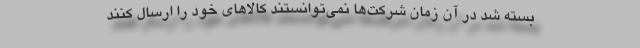
بسته شد در آن زمان شرکت‌ها نمی‌توانستند کالاهای خود را ارسال کنند